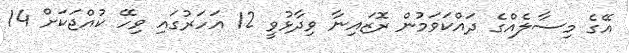
އޭގެ މިސާލެއްގެ ދައްކަވަމުން ރޮޒައިނާ ވިދާޅުވީ 12 އަހަރުގައި ވިހޭ ކުއްޖަކަށް 14